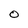
Character: O